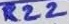
Text: R22